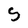
Character: s